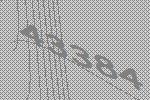
43384